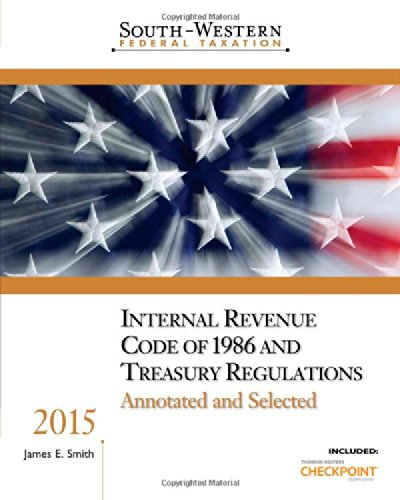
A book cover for South-Western Federal Taxation: Internal Revenue Code of 1986 and Treasury Regulations, Annotated and Selected 2015; James E. Smith; Business & Money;